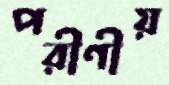
পরীণীয়